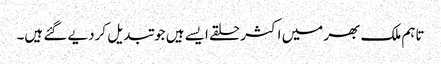
تاہم ملک بھر میں اکثر حلقے ایسے ہیں جو تبدیل کردیے گئے ہیں۔